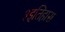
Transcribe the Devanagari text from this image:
३इतिहास